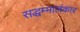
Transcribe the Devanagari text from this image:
सद्धम्मालंकार